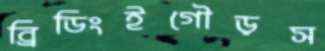
ব্রিডিংইগৌড়স